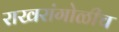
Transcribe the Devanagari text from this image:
राखरांगोळीच